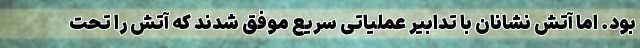
بود. اما آتش نشانان با تدابیر عملیاتی سریع موفق شدند که آتش را تحت